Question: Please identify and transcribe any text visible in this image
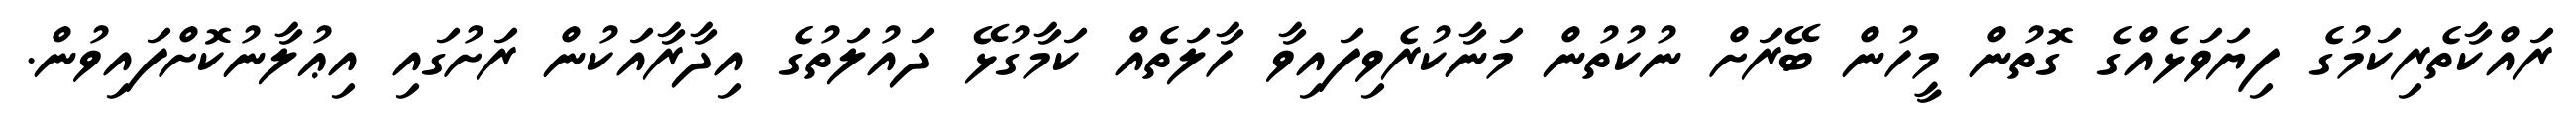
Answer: ރައްކާތެރިކަމުގެ ފިޔަވަޅެއްގެ ގޮތުން މީހުން ބޭރަށް ނުކުތުން މަނާކުރެވިފައިވާ ހާލަތެއް ކަމާގުޅޭ ދައުލަތުގެ އިދާރާއަކުން ރަށުގައި އިޢުލާނުކޮށްފައިވުން.